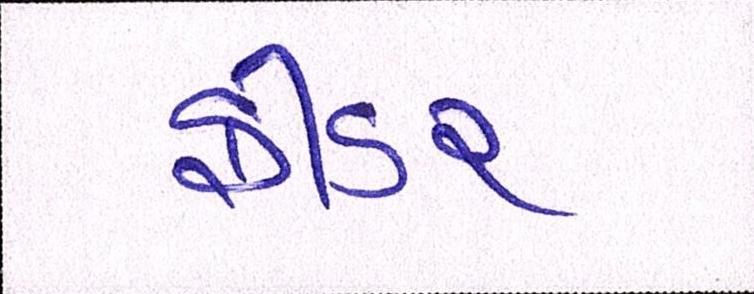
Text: ફીડર